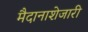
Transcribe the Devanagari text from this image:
मैदानाशेजारी